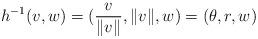
LaTeX: \begin{align*}h^{-1}(v,w)= (\frac{v}{\Vert v \Vert} , {\Vert v \Vert} , w) = (\theta , r ,w)\end{align*}